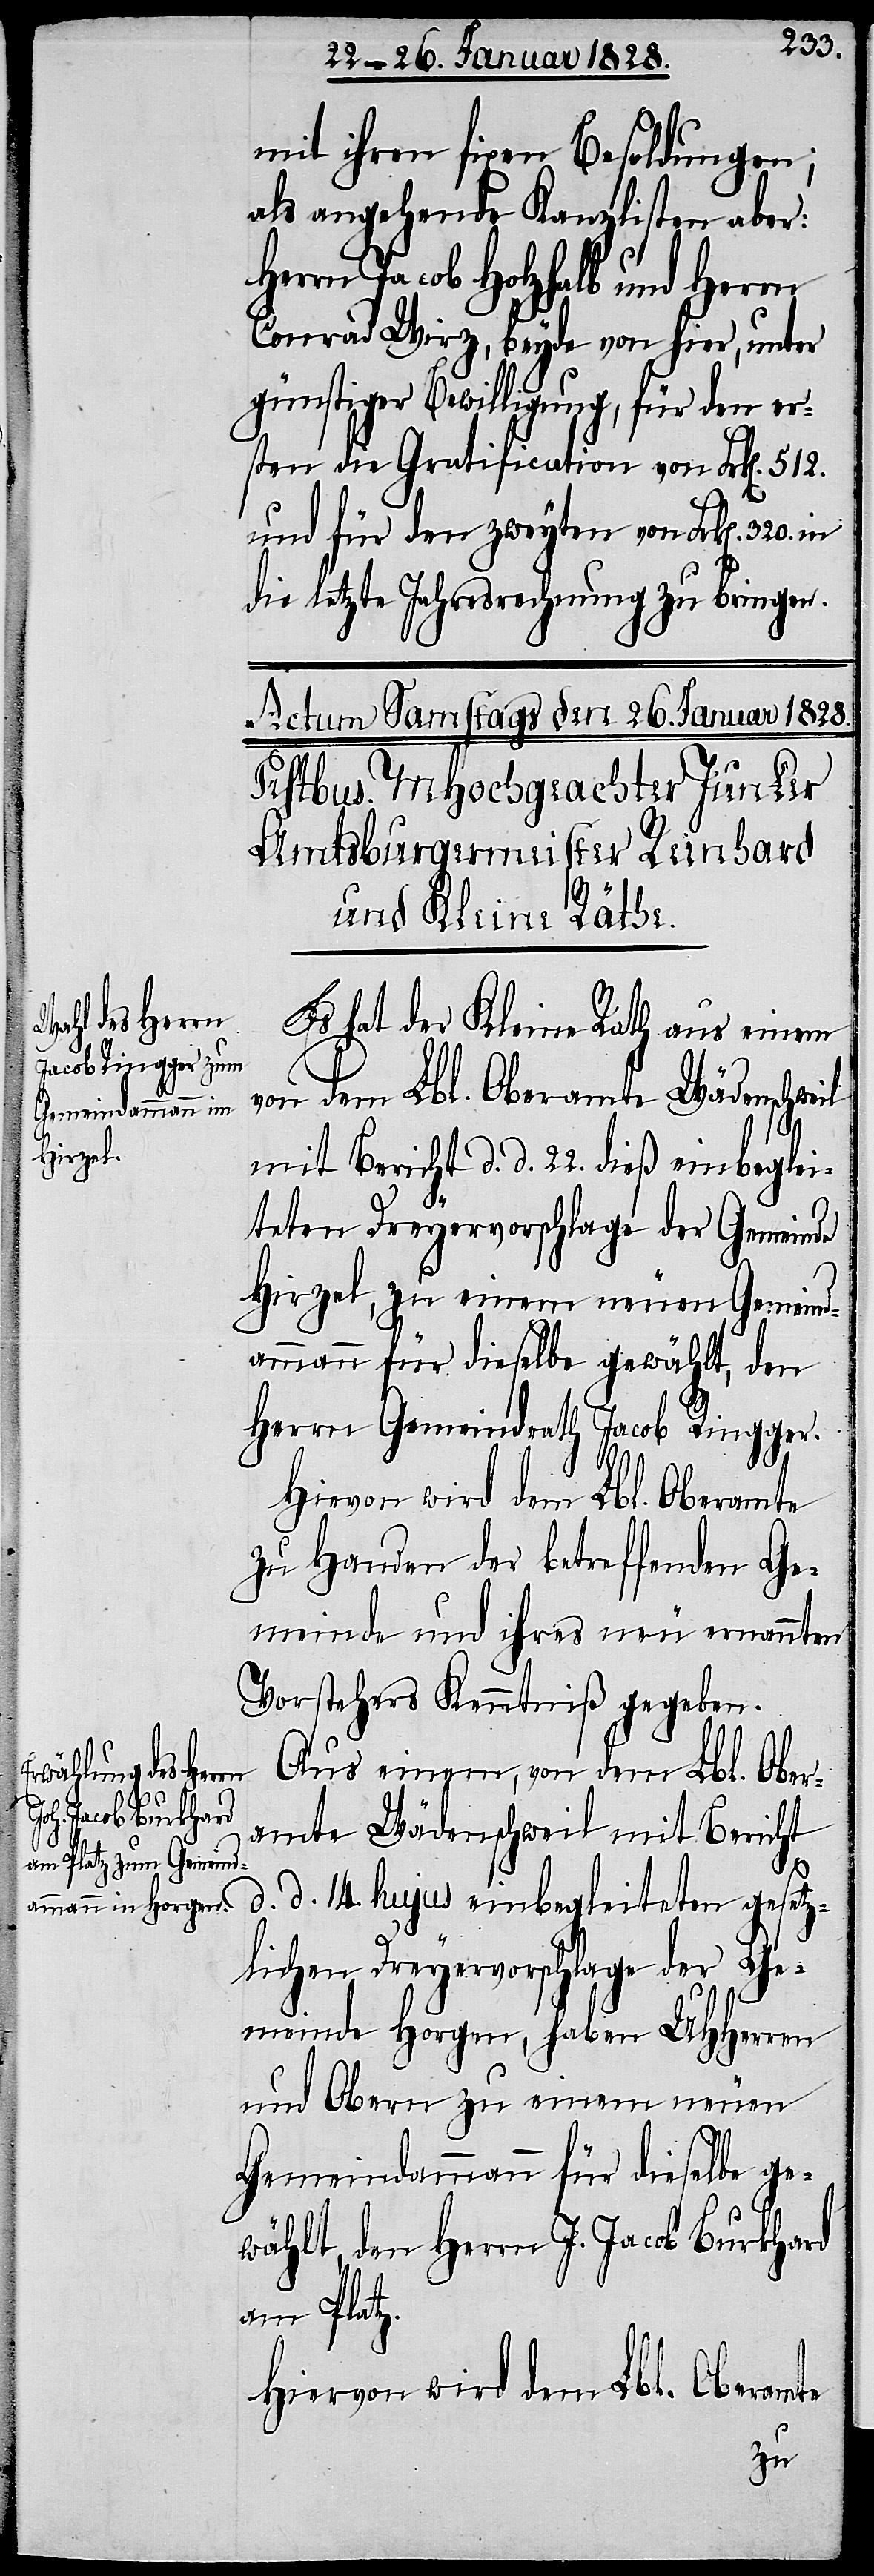
mit ihren fixen Besoldungen;
als angehende Kanzlisten aber:
Herrn Jacob Holzhalb und Herrn
Conrad Wirz, beyde von hier, unter
günstiger Bewilligung, für den er¬
sten die Gratification von Frk[en]. 512.
und für den zweyten von Frk[en]. 320. in
die letzte Jahresrechnung zu bringen.
Es hat der Kleine Rath aus einem
von dem Lbl. Oberamte Wädenschweil
mit Bericht d. d. 22. dieß einbeglei¬
teten Dreyervorschlage der Gemeinde
Hirzel, zu einem neuen Gemeind¬
ammann für dieselbe gewählt, den
Herrn Gemeindrath Jacob Ringger.
Hievon wird dem Lbl. Oberamte
zu Handen der betreffenden Ge¬
meinde und ihres neu ernannten
Vorstehers Kenntniß gegeben.
Aus einem, von dem Lbl. Ober¬
amte Wädenschweil mit Bericht
d. d. 14. hujus einbegleiteten gesetz¬
lichen Dreyervorschlage der Ge¬
meinde Horgen, haben UHHerren
und Obern zu einem neuen
Gemeindammann für dieselbe ge¬
wählt, den Herrn Jacob Burkhard
am Platz.
Hiervon wird dem Lbl. Oberamte